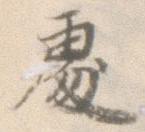
処